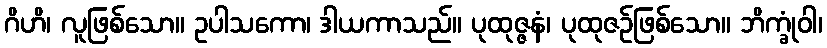
ဂိဟိ၊ လူဖြစ်သော။ ဥပါသကော၊ ဒါယကာသည်။ ပုထုဇ္ဇနံ၊ ပုထုဇဉ်ဖြစ်သော။ ဘိက္ခုံဝါ၊